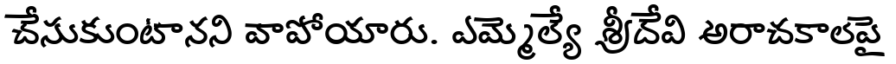
చేసుకుంటానని వాపోయారు. ఎమ్మెల్యే శ్రీదేవి అరాచకాలపై